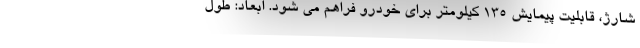
شارژ، قابلیت پیمایش 135 کیلومتر برای خودرو فراهم می شود. ابعاد: طول